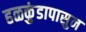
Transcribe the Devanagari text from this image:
हळकुंडापासुन